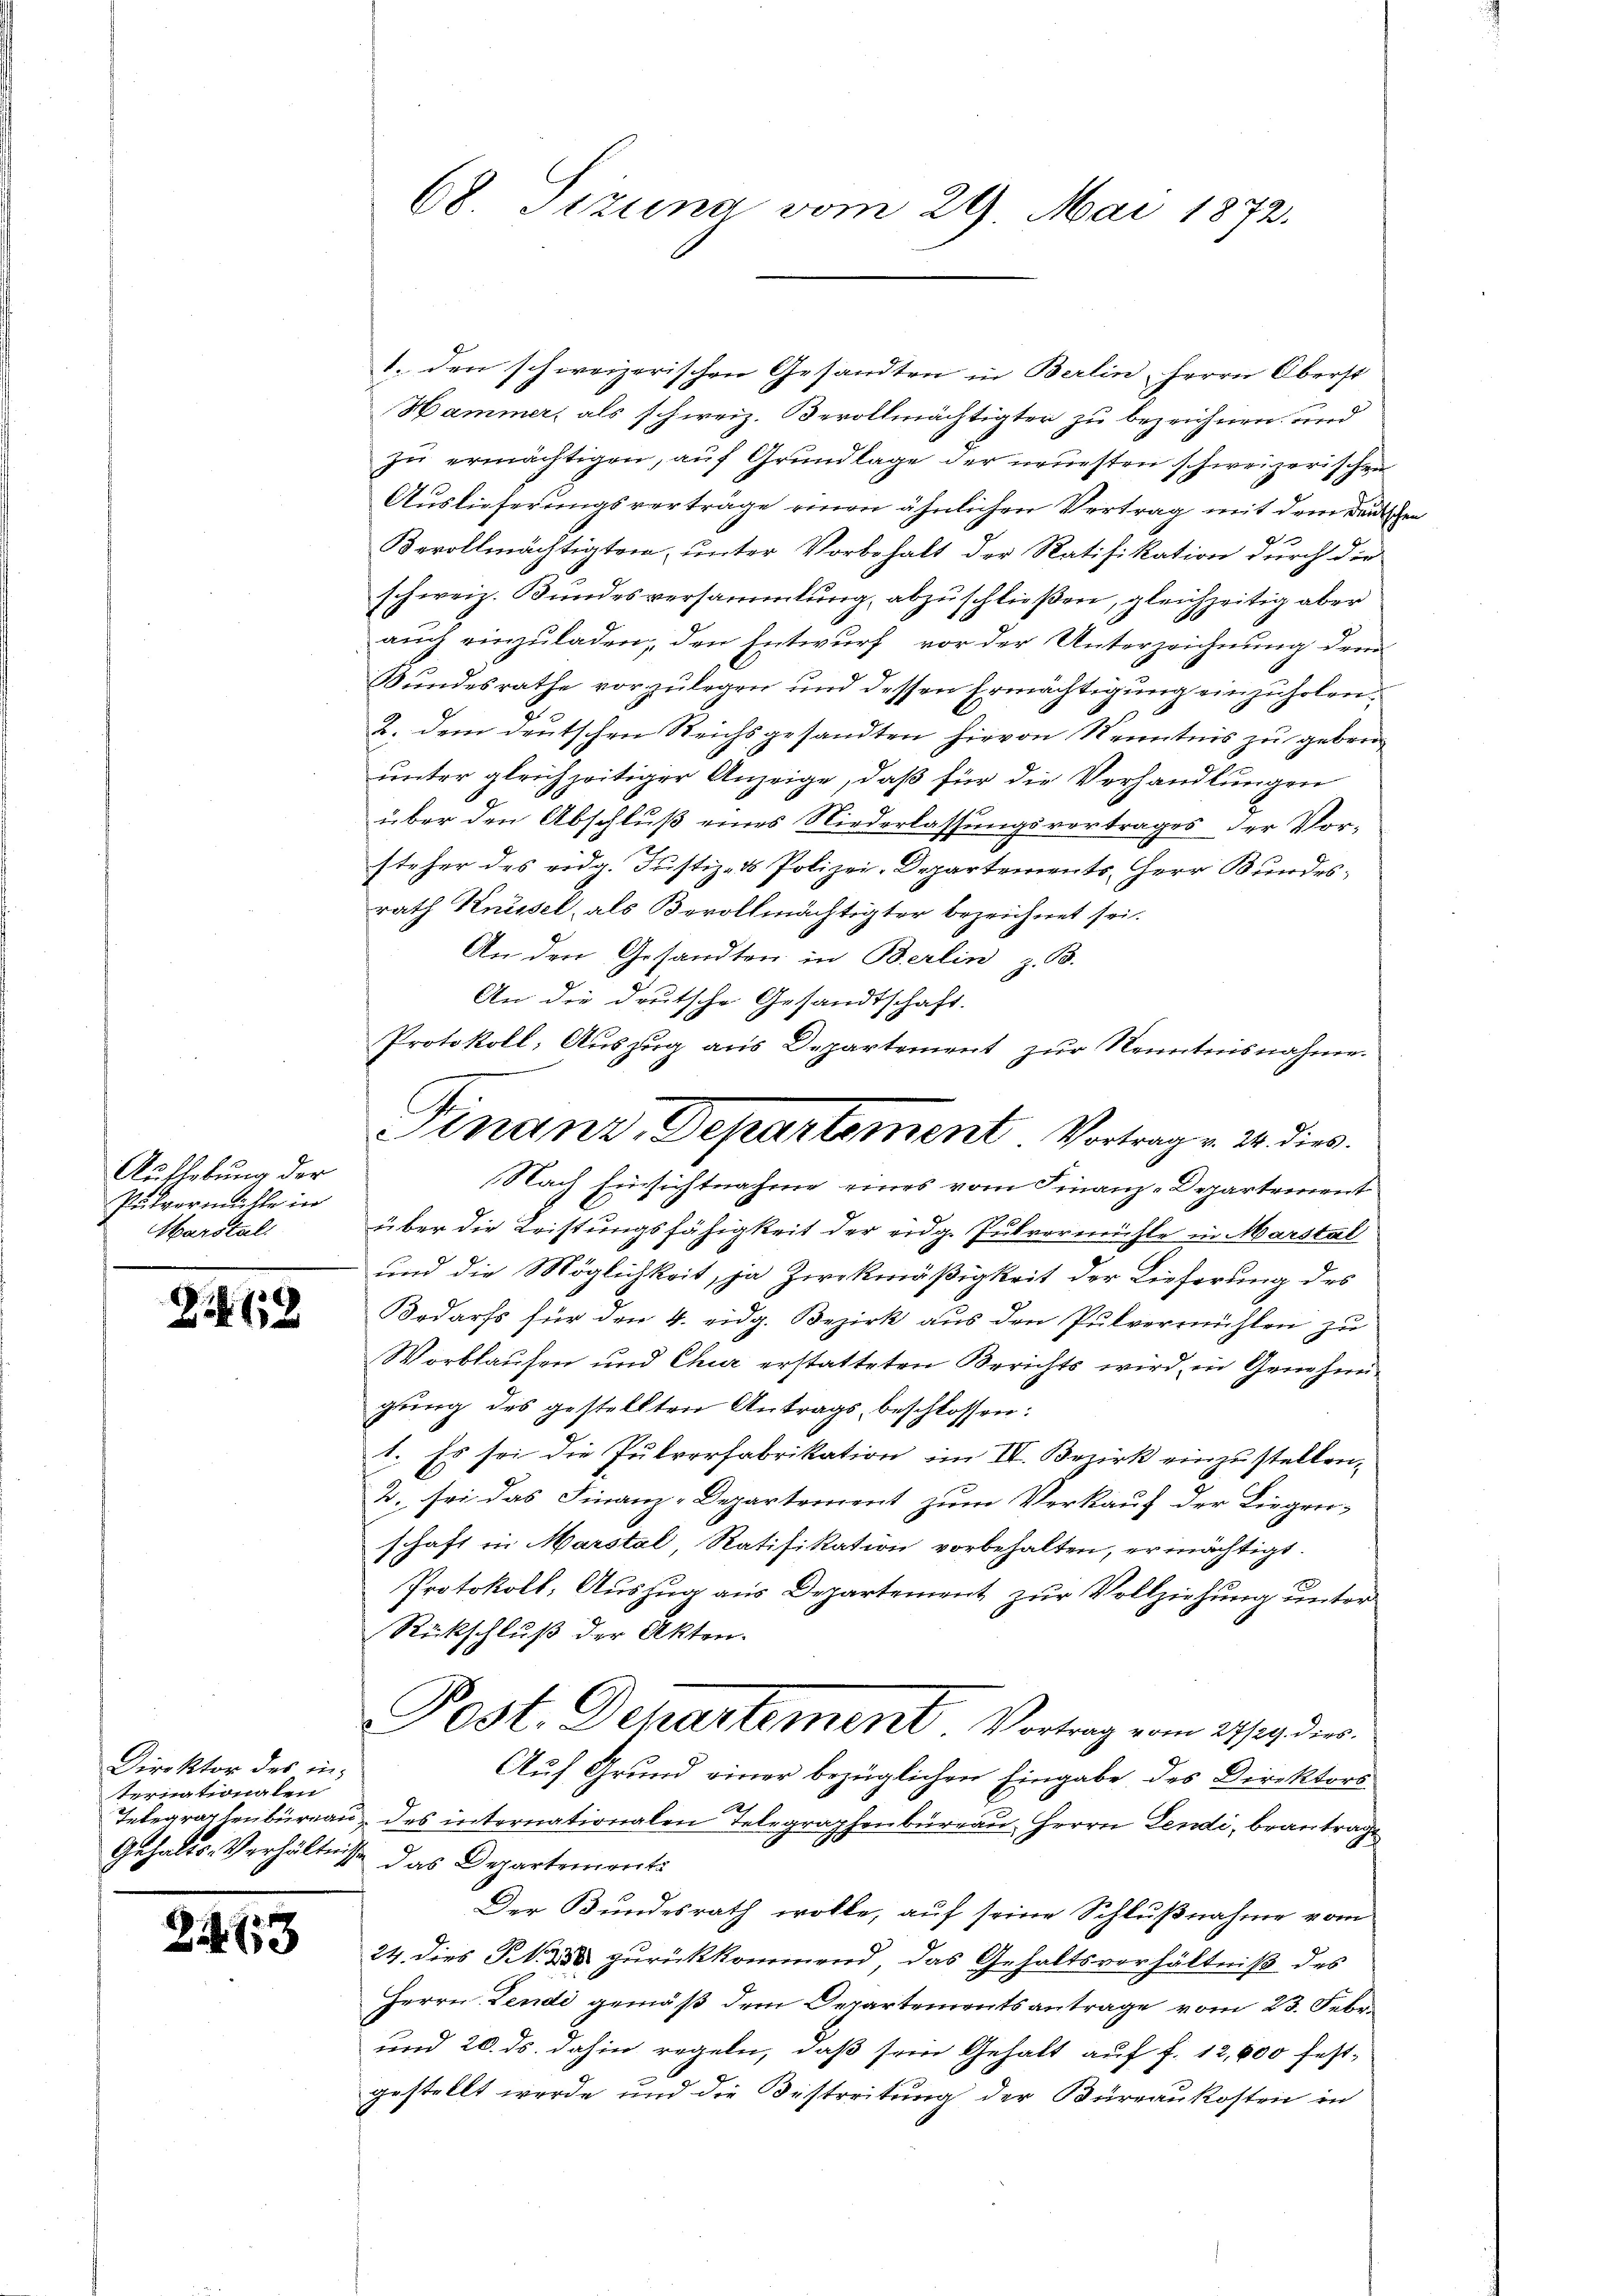
Aufhebung der
Pulvermülle in
Marstel

212

Direktor des internationalen

d

3

68. Tizuna vom 29. Mai 1872.

1. den schweizerischen Gesandten in Berlin, Herrn Oberst
Hammer, als schweiz. Bevollmächtigter zu bezeichnen, und
zŭ ermächtigen, aŭf Grŭndlage der neuesten schweizerischen
Auslieferungsverträge einen ähnlichen Vertrag mit dem Deutschen
d
Bevollmächtigten, unter Vorbehalt der Ratifikation durch die
schweiz. Bundesversammlung abzuschließen, gleichzeitig aber
auch einzuladen, den Entwurf vor der Unterzeichnung dem
Bundesrathe vorzulegen und dessen Ermächtigung einzuholen.
2. dem deutschen Reichsgesandten hievon Kenntnis zu geben
unter gleichzeitiger Anzeige, daß für die Verhandlungen
über den Abschluß eines Niederlassungsvortrages der Vorsteher des eidg. Justiz- & Polizei-Departements, Herr Bundesrath Knüsel, als Bevollmächtigter bezeichnet sei.
An den Gesandten in Berlin z. B.
An die deutsche Gesandtschaft.
Protokoll, Auszug aus Departement zur Kenntnisnahme.
Nach Einsichtnahme eines vom Finanz-Departement
über die Leistungsfähigkeit der eidg. Pulvermühle in Marstal
und die Möglichkeit, ja Zwekmäßigkeit der Lieferung des
Bedarfs für den 4. eidg. Bezirk aus den Pulvermühlen zu
Worblaufen und Chur erstatteten Berichts wird, in Genehmigung des gestellten Antrags, beschlossen:
1. Es sei die Pulverfabrikation im IV. Bezirk einzustellen,
2. sei das Finanz-Departement zum Verkauf der Liegen-
schaft in Marstal, Ratifikation vorbehalten, ermächtigt.
Protokoll, Auszug aus Departement zur Vollziehung unter
Rückschluß der Akten.
Post. Departement Vortrag vom 24sten der
Auf Grund einer bezüglichen Eingabe des Direktors
Telegraphenbureau des internationalen Telegraphenbüreau Herrn Lendi, beantrag
Gehalts-Verhältnisse das Departements
Der Bundesrath wolle, auf seine Schlußnahme vom
24. dies N. 258 zurückkommend, das Gehaltsverhältniß des
Herrn Lendi gemäß dem Departementsantrage vom 23. Febr.
und 20. ds. dahin regeln, daß sein Gehalt auf f. 12,000 fest-
gestellt werde und die Bestreitung der Büreaukosten in

Finanz, Departement. Vortrage 2. dies.